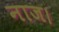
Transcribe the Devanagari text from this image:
नाज।